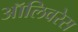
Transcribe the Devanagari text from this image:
ऑलिवरेस